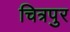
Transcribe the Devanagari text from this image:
चित्रपुर